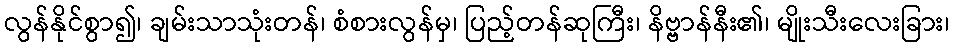
လွန်နိုင်စွာ၍၊ ချမ်းသာသုံးတန်၊ စံစားလွန်မှ၊ ပြည့်တန်ဆုကြီး၊ နိဗ္ဗာန်နီး၏၊ မျိုးသီးလေးခြား၊